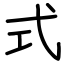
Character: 式